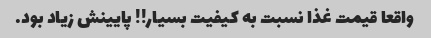
واقعا قیمت غذا نسبت به کیفیت بسیار!! پایینش زیاد بود.